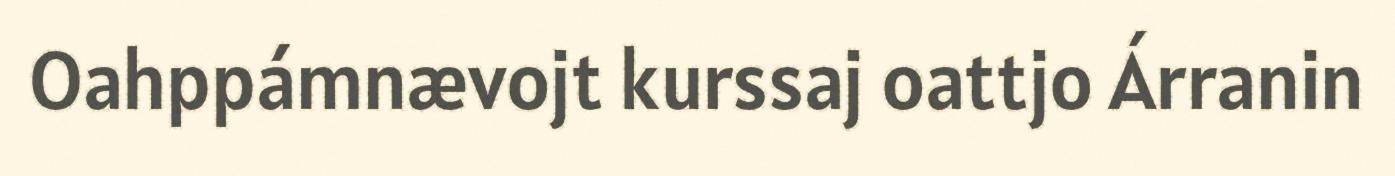
Oahppámnævojt kurssaj oattjo Árranin